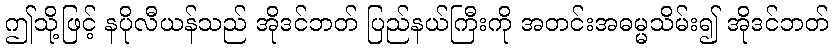
ဤသို့ဖြင့် နပိုလီယန်သည် အိုဒင်ဘတ် ပြည်နယ်ကြီးကို အတင်းအဓမ္မသိမ်း၍ အိုဒင်ဘတ်